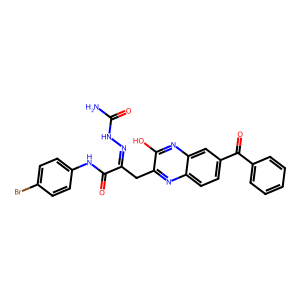
SMILES: NC(=O)NN=C(Cc1nc2ccc(C(=O)c3ccccc3)cc2nc1O)C(=O)Nc1ccc(Br)cc1
Inhibits HIV replication: No